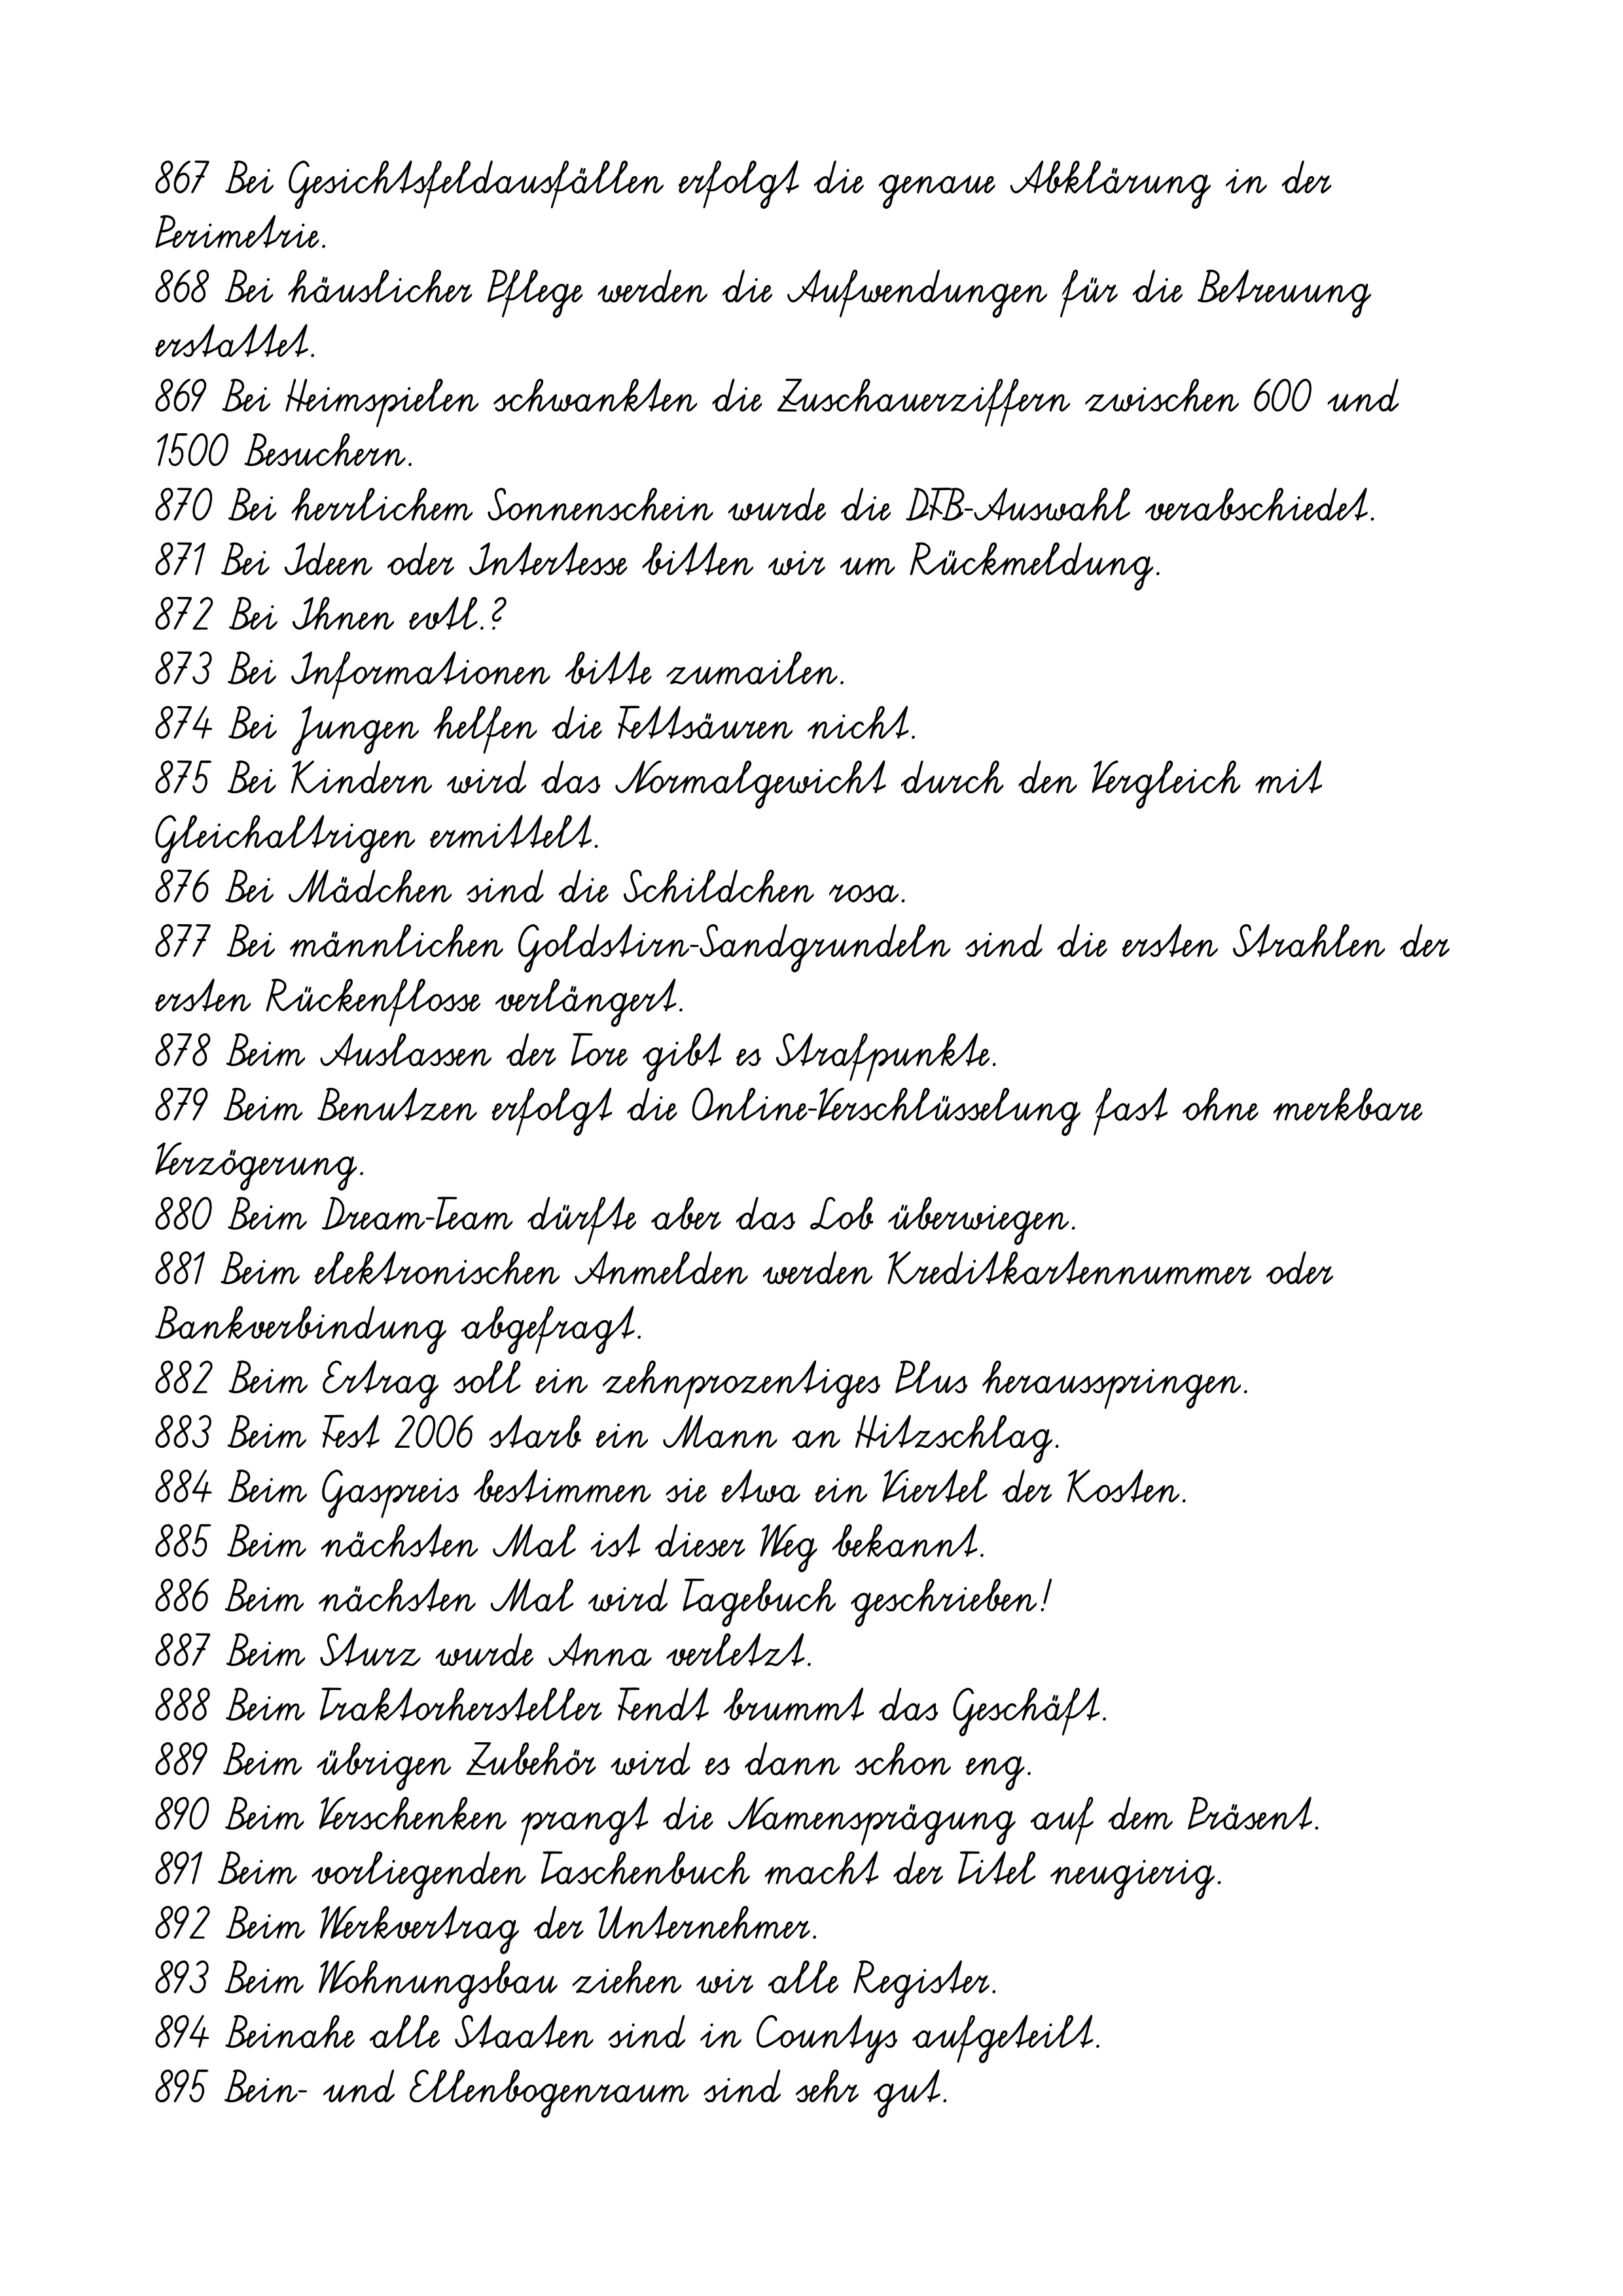
867 Bei Gesichtsfeldausfällen erfolgt die genaue Abklärung in der
Perimetrie.
868 Bei häuslicher Pflege werden die Aufwendungen für die Betreuung
erstattet.
869 Bei Heimspielen schwankten die Zuschauerziffern zwischen 600 und
1500 Besuchern.
870 Bei herrlichem Sonnenschein wurde die DFB-Auswahl verabschiedet.
871 Bei Ideen oder Intertesse bitten wir um Rückmeldung.
872 Bei Ihnen evtl.?
873 Bei Informationen bitte zumailen.
874 Bei Jungen helfen die Fettsäuren nicht.
875 Bei Kindern wird das Normalgewicht durch den Vergleich mit
Gleichaltrigen ermittelt.
876 Bei Mädchen sind die Schildchen rosa.
877 Bei männlichen Goldstirn-Sandgrundeln sind die ersten Strahlen der
ersten Rückenflosse verlängert.
878 Beim Auslassen der Tore gibt es Strafpunkte.
879 Beim Benutzen erfolgt die Online-Verschlüsselung fast ohne merkbare
Verzögerung.
880 Beim Dream-Team dürfte aber das Lob überwiegen.
881 Beim elektronischen Anmelden werden Kreditkartennummer oder
Bankverbindung abgefragt.
882 Beim Ertrag soll ein zehnprozentiges Plus herausspringen.
883 Beim Fest 2006 starb ein Mann an Hitzschlag.
884 Beim Gaspreis bestimmen sie etwa ein Viertel der Kosten.
885 Beim nächsten Mal ist dieser Weg bekannt.
886 Beim nächsten Mal wird Tagebuch geschrieben!
887 Beim Sturz wurde Anna verletzt.
888 Beim Traktorhersteller Fendt brummt das Geschäft.
889 Beim übrigen Zubehör wird es dann schon eng.
890 Beim Verschenken prangt die Namensprägung auf dem Präsent.
891 Beim vorliegenden Taschenbuch macht der Titel neugierig.
892 Beim Werkvertrag der Unternehmer.
893 Beim Wohnungsbau ziehen wir alle Register.
894 Beinahe alle Staaten sind in Countys aufgeteilt.
895 Bein- und Ellenbogenraum sind sehr gut.